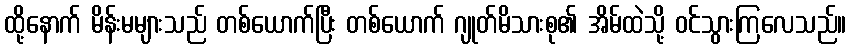
ထို့နောက် မိန်းမများသည် တစ်ယောက်ပြီး တစ်ယောက် ဂျုတ်မိသားစု၏ အိမ်ထဲသို့ ဝင်သွားကြလေသည်။